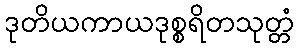
ဒုတိယကာယဒုစ္စရိတသုတ္တံ